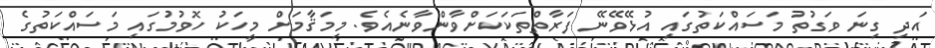
އަދި ގިނަ ވަގުތު މަސައްކަތުގައި އުޅޭވޭނޭ ފަރާތްތަކަކަށްވާންވާނެއެވެ. މިމަޤާމަށް މީހަކު ހޮވުމުގައި މަސައްކަތުގެ